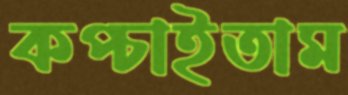
কপ্‌চাইতাম